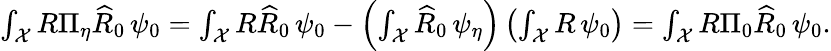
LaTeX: \begin{array}{r}{\int_{\mathcal{X}}R\Pi_{\eta}\widehat{R}_{0}\, \psi_{0}=\int_{\mathcal{X}}R\widehat{R}_{0}\, \psi_{0}-\left(\int_{\mathcal{X}}\widehat{R}_{0}\, \psi_{\eta}\right)\left(\int_{\mathcal{X}}R\, \psi_{0}\right)=\int_{\mathcal{X}}R\Pi_{0}\widehat{R}_{0}\, \psi_{0}.}\end{array}